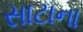
સાટાના